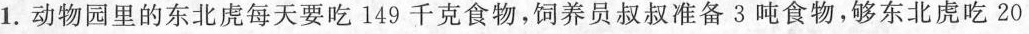
1.动物园里的东北烧每天要吃149千克食物，饲养员叔叔准备3吨食物，够东北虏吃20